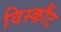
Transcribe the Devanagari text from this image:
विस्कौंट